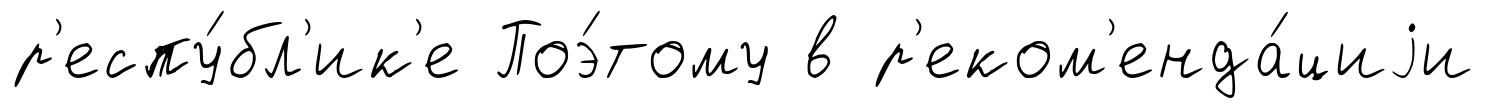
р'еспу́бл'ик'е Поэ́тому в р'еком'енда́циjи